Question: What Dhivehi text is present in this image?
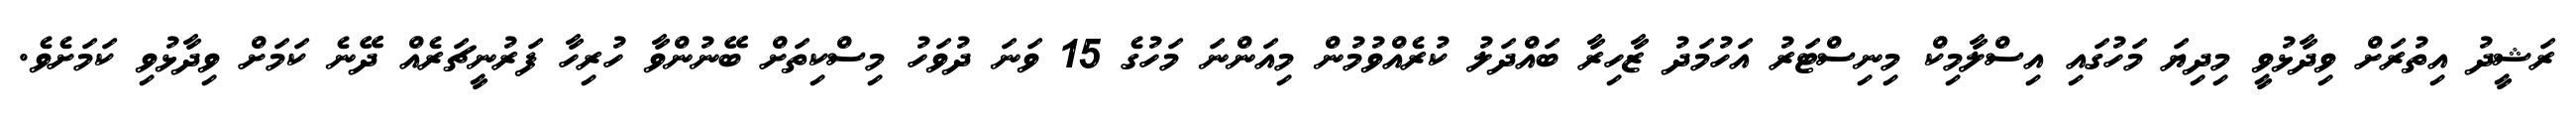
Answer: ރަޝީދު އިތުރަށް ވިދާޅުވީ މިދިޔަ މަހުގައި އިސްލާމިކް މިނިސްޓަރު އަހުމަދު ޒާހިރާ ބައްދަލު ކުރެއްވުމުން މިއަންނަ މަހުގެ 15 ވަނަ ދުވަހު މިސްކިތަށް ބޭނުންވާ ހުރިހާ ފަރުނީޗަރެއް ދޭނެ ކަމަށް ވިދާޅުވި ކަމަށެވެ.